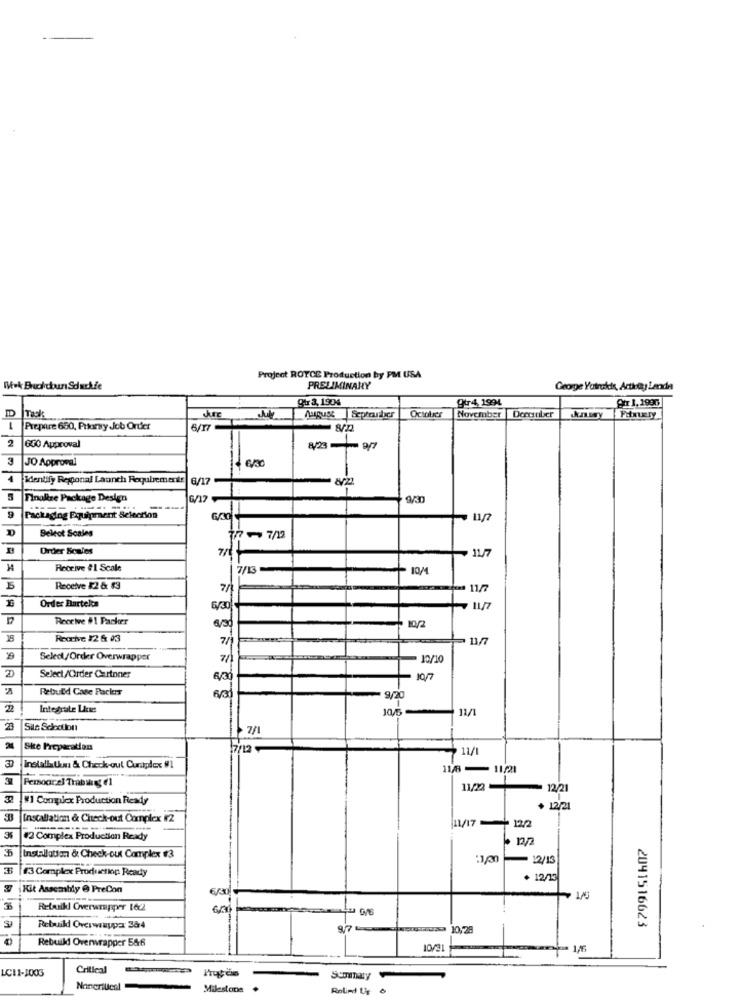
Project ROYCE Production by PM USA
Mek Bruckdoun Sduckfe
PRELIMINARY
George Yourold, Artikel) Landa
8x 3,1904
gtr4, 1994
Phr 1. 1996
Tack
August September
November |Deccanber
Prepare 650, Prtory Job Order
2
850 Approval
3
JO Approval
4
identify Regional Launch Requirements |6/17
Inaltre Package Design
G/12
9/30
Packaging Equipment Selection
D
Belcot Scales
77- 7/12
Order Scales
7/t
11/7
Receive #1 Scale
7/13
- 10M
Receive $2 &: 83
7/
. 11/7
Order Bartels
6/30
Receive #1 Packer
- 10/2
Receive 12 & 03
7/1
Select/Order Overwrapper
. 12/10
Select/Order Curtoner
6/30
Rebuild Case Packers
9/20
Integrate Live:
10/5
11/1
23
Sils Seloollon
.7/
Ske Preparatian
3
instalbiton & Check-out Curtplex 9/1
118-11/21
Peroacel Trabalho e1
11/22
12/21
1 Congilex Production Ready
12/21
3
installation & Check-out Complex #2
12/2
11/17
#2 Complex Production Ready
· 12/2
35
Installation & Check-out Complex 13
- 12/13
3
#3 Complex Production Ready
+ 12/13
Kit Assembly @ PreCon
Rebuild Overwrapper 1622
Rebuild Overwaypar 364
976
10,25
2041516623
Rebuild Overwrapper 586
10/31
= 1/6
LC11-1003
Critical
Progress
Noncritical
Milestone
.
Rolim Ur 0